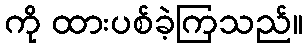
ကို ထားပစ်ခဲ့ကြသည်။